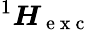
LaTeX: {}^{1}\boldsymbol{H}_{\mathrm{~e~x~c~}}